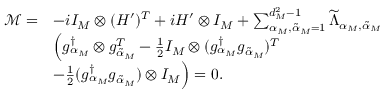
\begin{array} { r l } { \mathcal { M } = } & { - i I _ { M } \otimes ( H ^ { \prime } ) ^ { T } + i H ^ { \prime } \otimes I _ { M } + \sum _ { \alpha _ { M } , { \tilde { \alpha } } _ { M } = 1 } ^ { d _ { M } ^ { 2 } - 1 } \widetilde { \Lambda } _ { \alpha _ { M } , { \tilde { \alpha } } _ { M } } } \\ & { \Big ( g _ { \alpha _ { M } } ^ { \dagger } \otimes g _ { { \tilde { \alpha } } _ { M } } ^ { T } - \frac { 1 } { 2 } I _ { M } \otimes ( g _ { \alpha _ { M } } ^ { \dagger } g _ { { \tilde { \alpha } } _ { M } } ) ^ { T } } \\ & { - \frac { 1 } { 2 } ( g _ { \alpha _ { M } } ^ { \dagger } g _ { { \tilde { \alpha } } _ { M } } ) \otimes I _ { M } \Big ) = 0 . } \end{array}